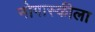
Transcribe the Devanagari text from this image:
नोगास्कीला